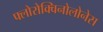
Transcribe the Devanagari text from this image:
फ्लोरोक्विनोलोनेस